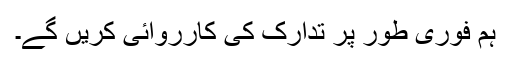
ہم فوری طور پر تدارک کی کارروائی کریں گے۔